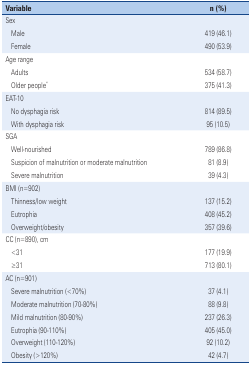
<table><thead><tr><td colspan="2"><b>Variable</b></td><td><b>n (%)</b></td></tr></thead><tbody><tr><td colspan="2">Sex</td><td></td></tr><tr><td></td><td>Male</td><td>419 (46.1)</td></tr><tr><td></td><td>Female</td><td>490 (53.9)</td></tr><tr><td colspan="2">Age range</td><td></td></tr><tr><td></td><td>Adults</td><td>534 (58.7)</td></tr><tr><td></td><td>Older people*</td><td>375 (41.3)</td></tr><tr><td colspan="2">EAT-10</td><td></td></tr><tr><td></td><td>No dysphagia risk</td><td>814 (89.5)</td></tr><tr><td></td><td>With dysphagia risk</td><td>95 (10.5)</td></tr><tr><td colspan="2">SGA</td><td></td></tr><tr><td></td><td>Well-nourished</td><td>789 (86.8)</td></tr><tr><td></td><td>Suspicion of malnutrition or moderate malnutrition</td><td>81 (8.9)</td></tr><tr><td></td><td>Severe malnutrition</td><td>39 (4.3)</td></tr><tr><td colspan="2">BMI (n=902)</td><td></td></tr><tr><td></td><td>Thinness/low weight</td><td>137 (15.2)</td></tr><tr><td></td><td>Eutrophia</td><td>408 (45.2)</td></tr><tr><td></td><td>Overweight/obesity</td><td>357 (39.6)</td></tr><tr><td colspan="2">CC (n=890), cm</td><td></td></tr><tr><td></td><td>&lt;31</td><td>177 (19.9)</td></tr><tr><td></td><td>≥31</td><td>713 (80.1)</td></tr><tr><td colspan="2">AC (n=901)</td><td></td></tr><tr><td></td><td>Severe malnutrition (&lt;70%)</td><td>37 (4.1)</td></tr><tr><td></td><td>Moderate malnutrition (70-80%)</td><td>88 (9.8)</td></tr><tr><td></td><td>Mild malnutrition (80-90%)</td><td>237 (26.3)</td></tr><tr><td></td><td>Eutrophia (90-110%)</td><td>405 (45.0)</td></tr><tr><td></td><td>Overweight (110-120%)</td><td>92 (10.2)</td></tr><tr><td></td><td>Obesity (&gt;120%)</td><td>42 (4.7)</td></tr></tbody></table>